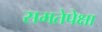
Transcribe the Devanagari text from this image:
समतेपेक्षा